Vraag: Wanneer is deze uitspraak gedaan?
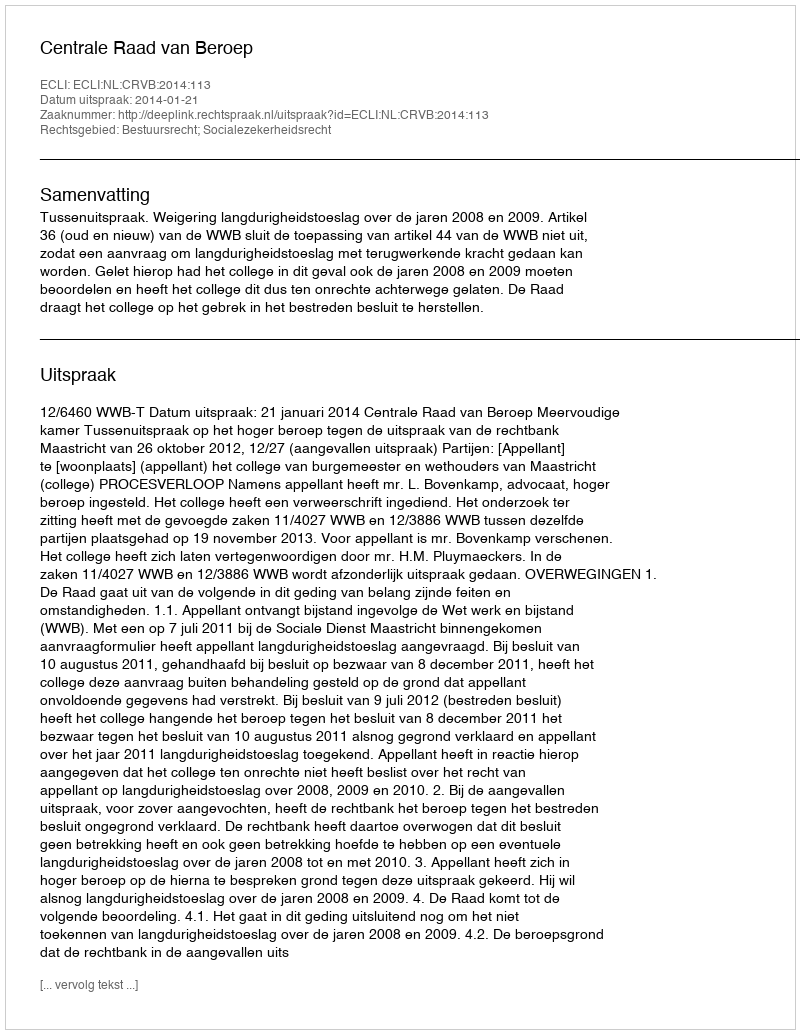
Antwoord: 2014-01-21